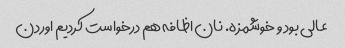
عالی بود و خوشمزه. نان اظافه هم درخواست کردیم اوردن